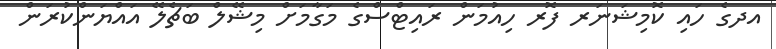
އދގެ ހައި ކޮމިޝަނަރ ފޮރ ހިއުމަން ރައިޓްސްގެ މަގާމަށް މިޝޭލް ބަޗެލޭ އައްޔަންކުރަން